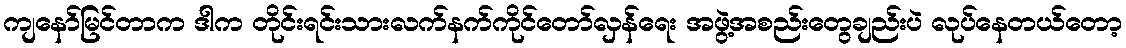
ကျနော်မြင်တာက ဒါက တိုင်းရင်းသားလက်နက်ကိုင်တော်လှန်ရေး အဖွဲ့အစည်းတွေချည်းပဲ လုပ်နေတယ်တော့